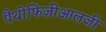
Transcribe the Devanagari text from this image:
पैथोफिज़ीआलजी